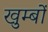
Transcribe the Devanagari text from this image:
खुम्बों